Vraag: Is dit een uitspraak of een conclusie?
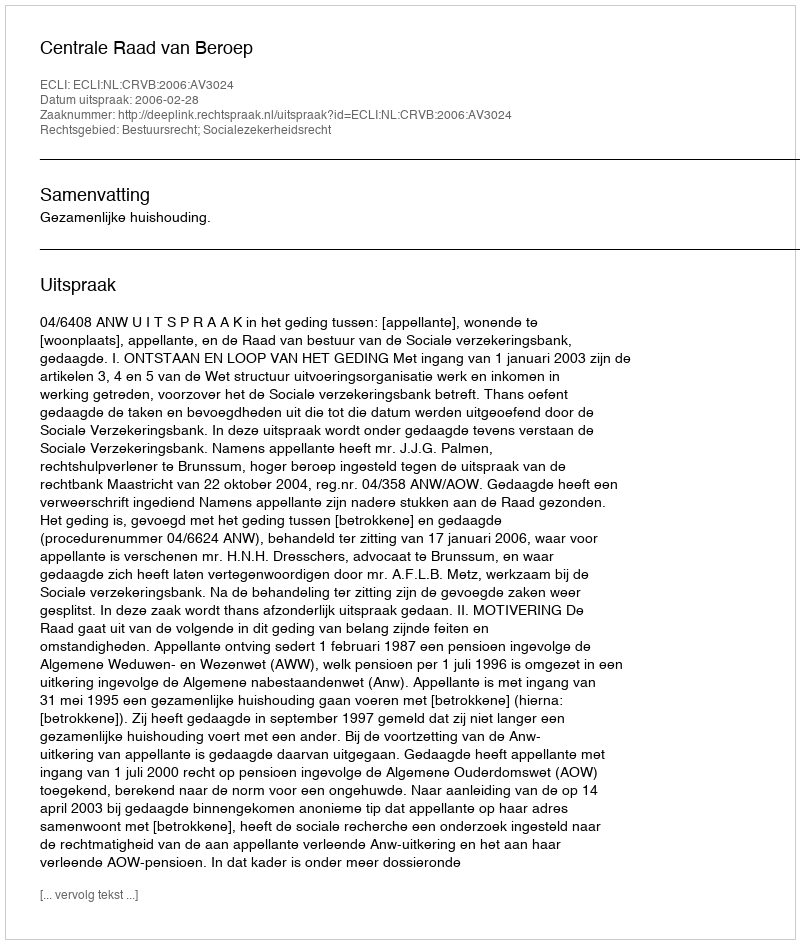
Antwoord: Uitspraak